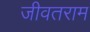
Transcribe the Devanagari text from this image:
जीवतराम